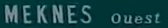
MEKNES Ouest